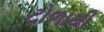
ટોળાથી